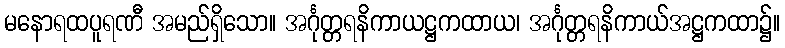
မနောရထပူရဏီ အမည်ရှိသော။ အင်္ဂုတ္တရနိကာယဋ္ဌကထာယ၊ အင်္ဂုတ္တရနိကာယ်အဋ္ဌကထာ၌။